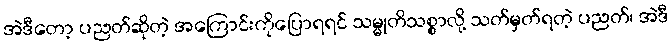
အဲဒီတော့ ပညတ်ဆိုတဲ့ အကြောင်းကိုပြောရရင် သမ္မုတိသစ္စာလို့ သတ်မှတ်ရတဲ့ ပညတ်၊ အဲဒီ